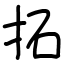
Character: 拓